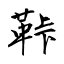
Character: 鞐